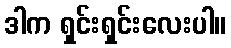
ဒါက ရှင်းရှင်းလေးပါ။